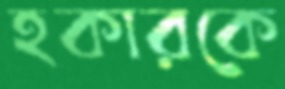
হকারকে